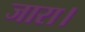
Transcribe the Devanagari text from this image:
जारा।